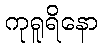
ကုရူရိနော